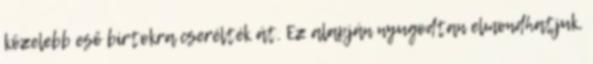
közelebb eső birtokra cserélték át. Ez alapján nyugodtan elmondhatjuk,